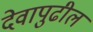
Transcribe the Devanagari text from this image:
देवापुढील